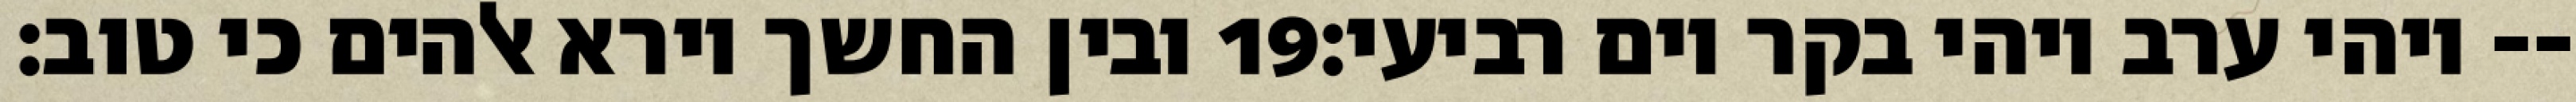
ובין החשך וירא אלהים כי טוב׃ ‎19‏ ויהי ערב ויהי בקר יום רביעי׃--